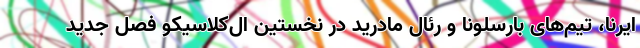
ایرنا، تیم‌های بارسلونا و رئال مادرید در نخستین ال‌کلاسیکو فصل جدید